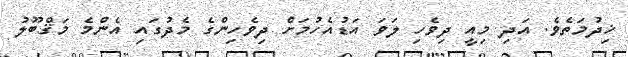
ޚިދުމަތެވެ. އަދި މިއީ ދިވެހި ލަވަ އަޑުއެހުމަށް ދިވެހިންގެ މެދުގައި އެންމެ މަޤްބޫލު